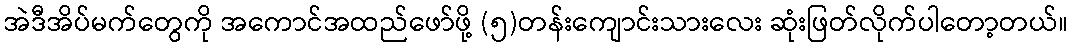
အဲဒီအိပ်မက်တွေကို အကောင်အထည်ဖော်ဖို့ (၅)တန်းကျောင်းသားလေး ဆုံးဖြတ်လိုက်ပါတော့တယ်။